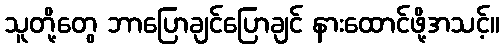
သူတို့တွေ ဘာပြောချင်ပြောချင် နားထောင်ဖို့အသင့်။